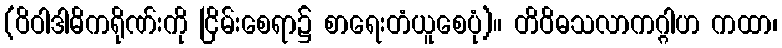
(ဝိဝါဒါဓိကရိုဏ်းကို ငြိမ်းစေရာ၌ စာရေးတံယူစေပုံ)။ တိဝိဓသလာကဂ္ဂါဟ ကထာ၊